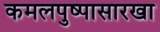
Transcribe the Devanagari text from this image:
कमलपुष्पासारखा